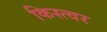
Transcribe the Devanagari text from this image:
किस्त्वर